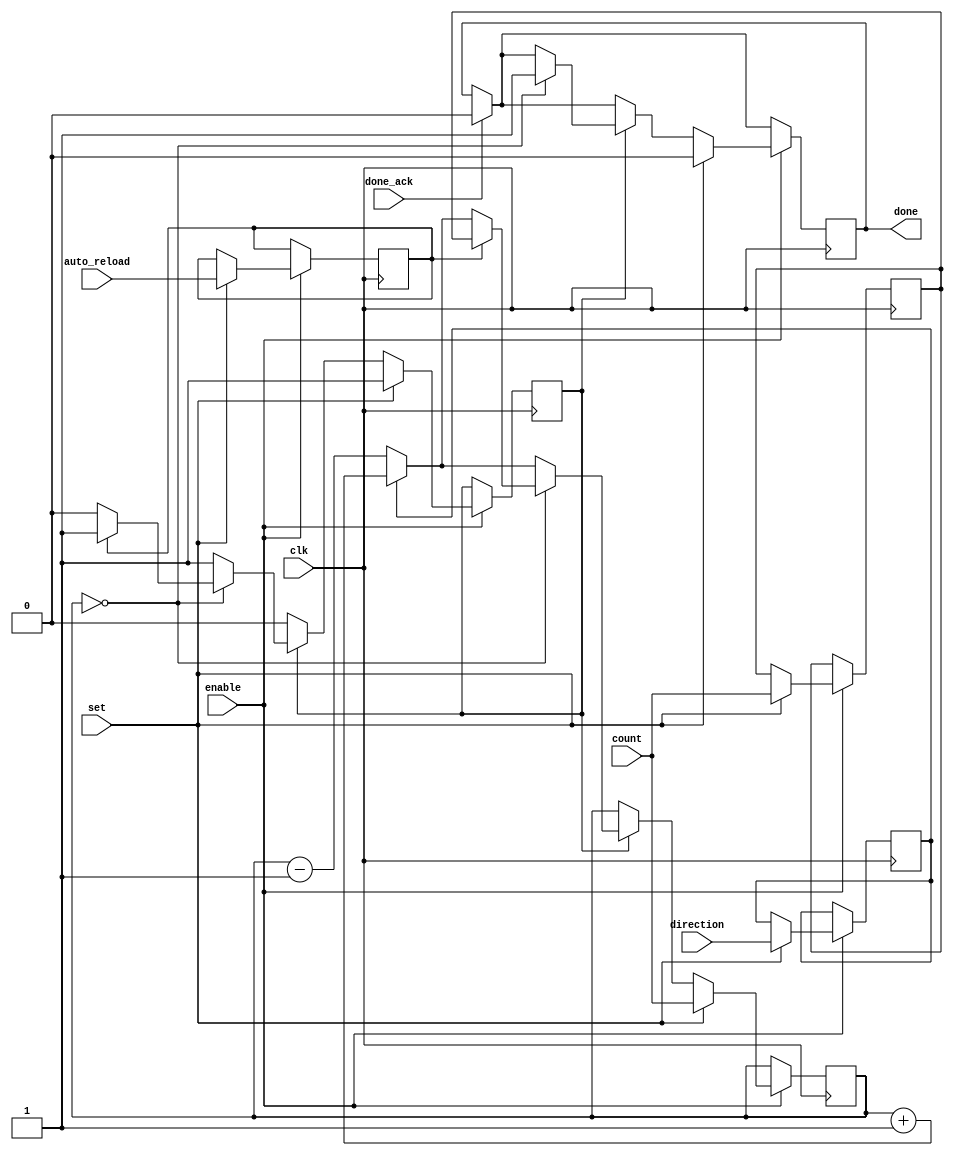
`default_nettype none
`timescale 1ns/1ns

module timer(
	input wire clk,
	input wire enable,
	input wire set,
	input wire direction,
	input wire auto_reload,
	input wire done_ack,
	input wire [15:0] count,
	output wire done
);
	reg [15:0] org_count;
	reg [15:0] counter;
	reg tmr_dir = 0;
	reg tmr_auto = 0;
	reg overflow = 0;
	reg run = 0;

	always @(posedge clk) begin
		if (done_ack) begin
			overflow <= 0;
		end

		if (enable) begin
			if (set) begin
				tmr_dir <= direction;
				tmr_auto <= auto_reload;
				counter <= count;
				org_count <= count;
				overflow <= 0;
				run <= 1;
			end else begin
				if (run) begin // Run goes to zero when overflow and no autoreload
					if (tmr_dir) begin // direction = 1 means count upwards
						counter <= counter + 1'b1;
					end else begin
						counter <= counter - 1'b1;
					end;

					if (counter == 16'h0000) begin
						overflow <= 1;

						if (tmr_auto) begin
							counter <= org_count;
						end else begin
							run <= 0;
						end;
					end;
				end;
			end;
		end; // Of general enable
	end;

	assign done = overflow == 1;

endmodule